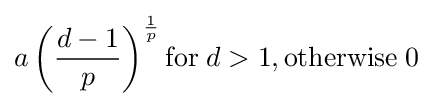
a\left({\frac {d-1}{p}}\right)^{\frac {1}{p}}\mathrm {for} \;d>1,\mathrm {otherwise} \;0